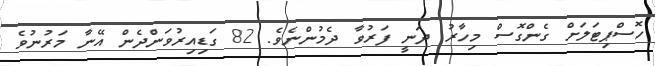
ހޮސްޕިޓަލަށް ގެންގޮސް މިހާރު ދަނީ ފަރުވާ ދެމުންނެވެ. 82 ގަޑިއިރުވަންދެން އޭނާ މަރުނުވެ